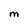
Character: M